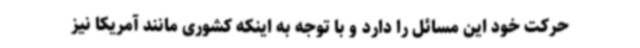
حرکت خود این مسائل را دارد و با توجه به اینکه کشوری مانند آمریکا نیز